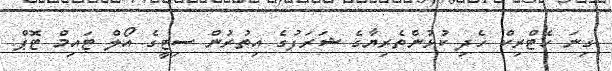
ގިނަ ހެޓްރިކް ހެދި ކުޅުންތެރިޔާގެ ޝަރަފުގެ އިތުރުން ސިޓީގެ އޯލް ޓައިމް ޓޮޕް